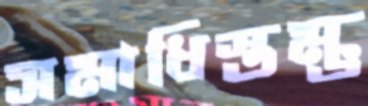
সমাধিস্তম্ভ